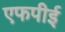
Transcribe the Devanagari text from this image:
एफपीई